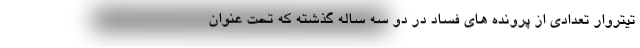
تیتروار تعدادی از پرونده های فساد در دو سه ساله گذشته که تحت عنوان